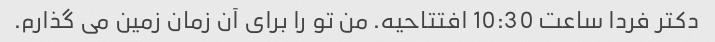
دکتر فردا ساعت 10:30 افتتاحیه. من تو را برای آن زمان زمین می گذارم.